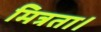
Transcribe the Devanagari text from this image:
मित्रता।